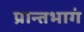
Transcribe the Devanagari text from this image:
प्रान्तभागं